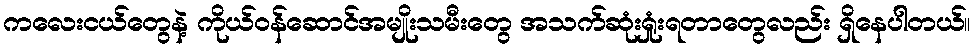
ကလေးငယ်တွေနဲ့ ကိုယ်ဝန်ဆောင်အမျိုးသမီးတွေ အသက်ဆုံးရှုံးရတာတွေလည်း ရှိနေပါတယ်။